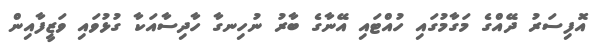
އޮފިސަރު ދޭއްގެ މަގާމުގައި ހުއްޓައި އޭނާގެ ބާރު ނުހިނގާ ހާދިސާއަކާ ގުޅުވައި ވަޒީފާއިން